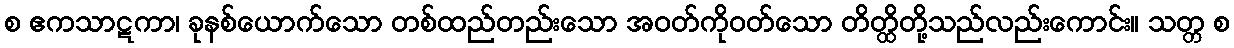
စ ဧကသာဋကာ၊ ခုနစ်ယောက်သော တစ်ထည်တည်းသော အဝတ်ကိုဝတ်သော တိတ္ထိတို့သည်လည်းကောင်း။ သတ္တ စ